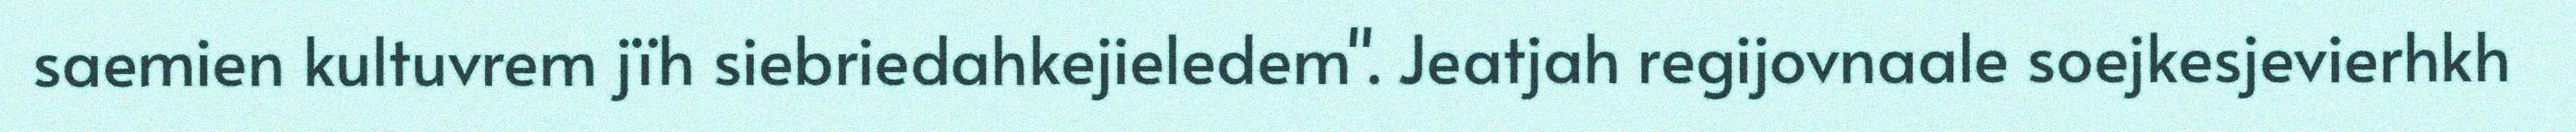
saemien kultuvrem jïh siebriedahkejieledem". Jeatjah regijovnaale soejkesjevierhkh